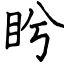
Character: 盻